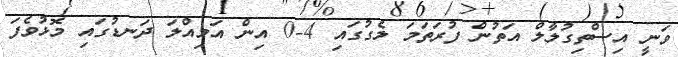
ވަނީ އިސްތިގުލާލް އަތުން ފުރަތަމަ ލެގުގައި 4-0 އިން އަމިއްލަ ދަނޑުގައި މޮޅުވެފަ